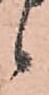
候